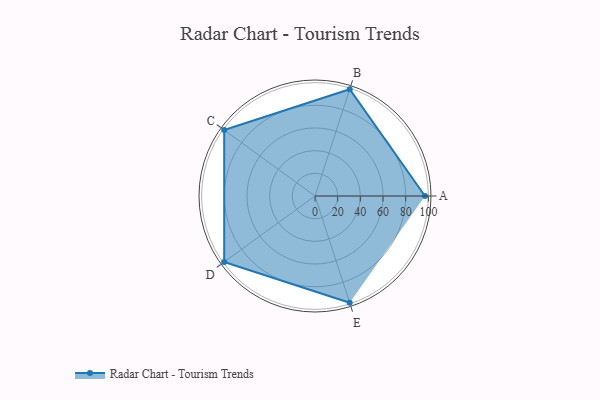
{"axis": {"x": "Skill", "y": "Score"}, "legend": ["Profile"], "data": [{"x": "A", "y": 97.0, "type": "Profile"}, {"x": "B", "y": 99, "type": "Profile"}, {"x": "C", "y": 99, "type": "Profile"}, {"x": "D", "y": 99, "type": "Profile"}, {"x": "E", "y": 99, "type": "Profile"}]}